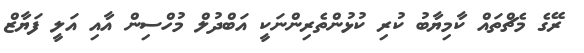
ރޭގެ މެޗްތައް ކާމިޔާބު ކުރި ކުޅުންތެރިންނަކީ އަބްދުލް މުހްސިން އާއި އަލީ ފަޔާޒް